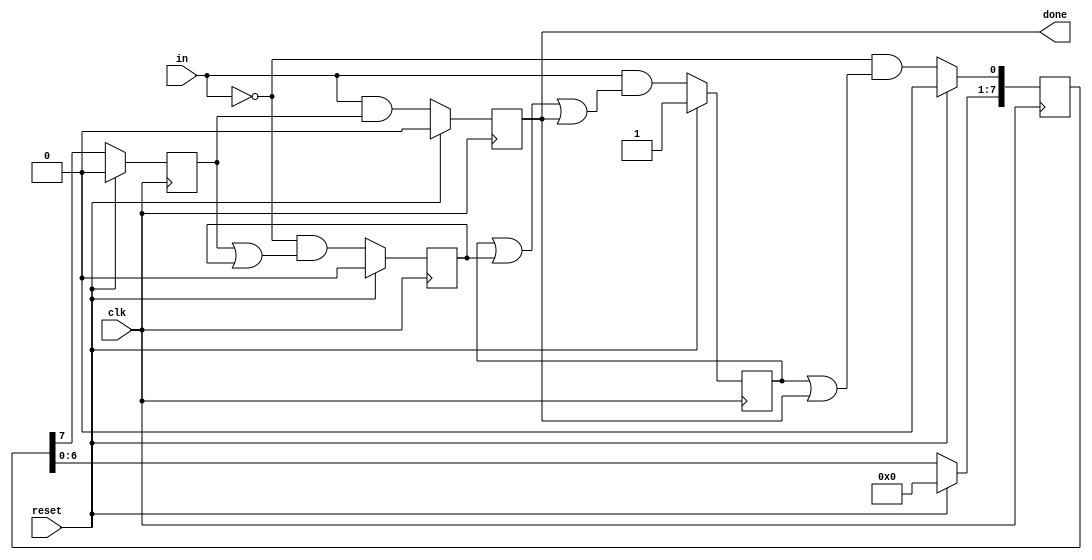
module top_module(
    input clk,
    input in,
    input reset,    // Synchronous reset
    output reg done
); 

    reg [8:1] count;
    reg ready, start_data, end_data;

    always @(posedge clk) begin
        if(reset) start_data <= 1;
        else start_data <= in & (start_data | ready | done);
    end

    always @(posedge clk) begin
        if(reset) count <= 0;
        else begin // -> !    begin end    !
            count[1] <= (~in) & (start_data | done);
            count[8:2] <= count[7:1];
        end
    end

    always @(posedge clk) begin
        if(reset) end_data <= 0;
        else end_data <= count[8];
    end

    always @(posedge clk) begin
        if(reset) ready <= 0;
        else ready <= (~in) & (end_data | ready);
    end

    always @(posedge clk) begin
        if(reset) done <= 0;
        else done <= in & end_data;
    end

endmodule